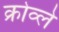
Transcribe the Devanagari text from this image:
क्रोव्ले